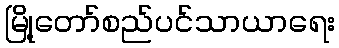
မြို့တော်စည်ပင်သာယာရေး